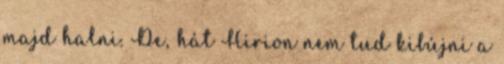
majd halni. De, hát Hirion nem tud kibújni a